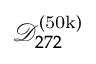
\mathcal { D } _ { 2 7 2 } ^ { ( \mathrm { 5 0 k } ) }